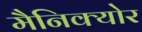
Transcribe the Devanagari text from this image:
मैनिक्‍योर